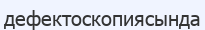
дефектоскопиясында